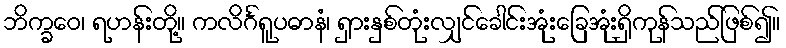
ဘိက္ခဝေ၊ ရဟန်းတို့။ ကလိင်္ဂရူပဓာနံ၊ ရှားနှစ်တုံးလျှင်ခေါင်းအုံးခြေအုံးရှိကုန်သည်ဖြစ်၍။